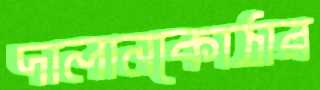
দালানকোঠার